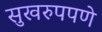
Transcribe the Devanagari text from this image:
सुखरुपपणे